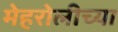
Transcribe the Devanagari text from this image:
मेहरोलीच्या